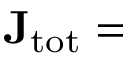
\mathbf { J } _ { \mathrm { { t o t } } } =